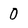
Character: 0